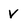
Character: V